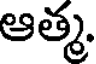
ఆత్మ,